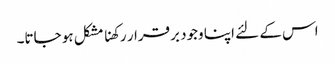
اس کے لئے اپنا وجود برقرار رکھنا مشکل ہو جاتا۔